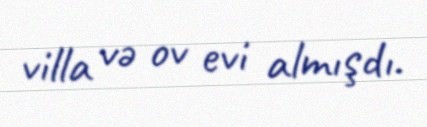
villa və ov evi almışdı.